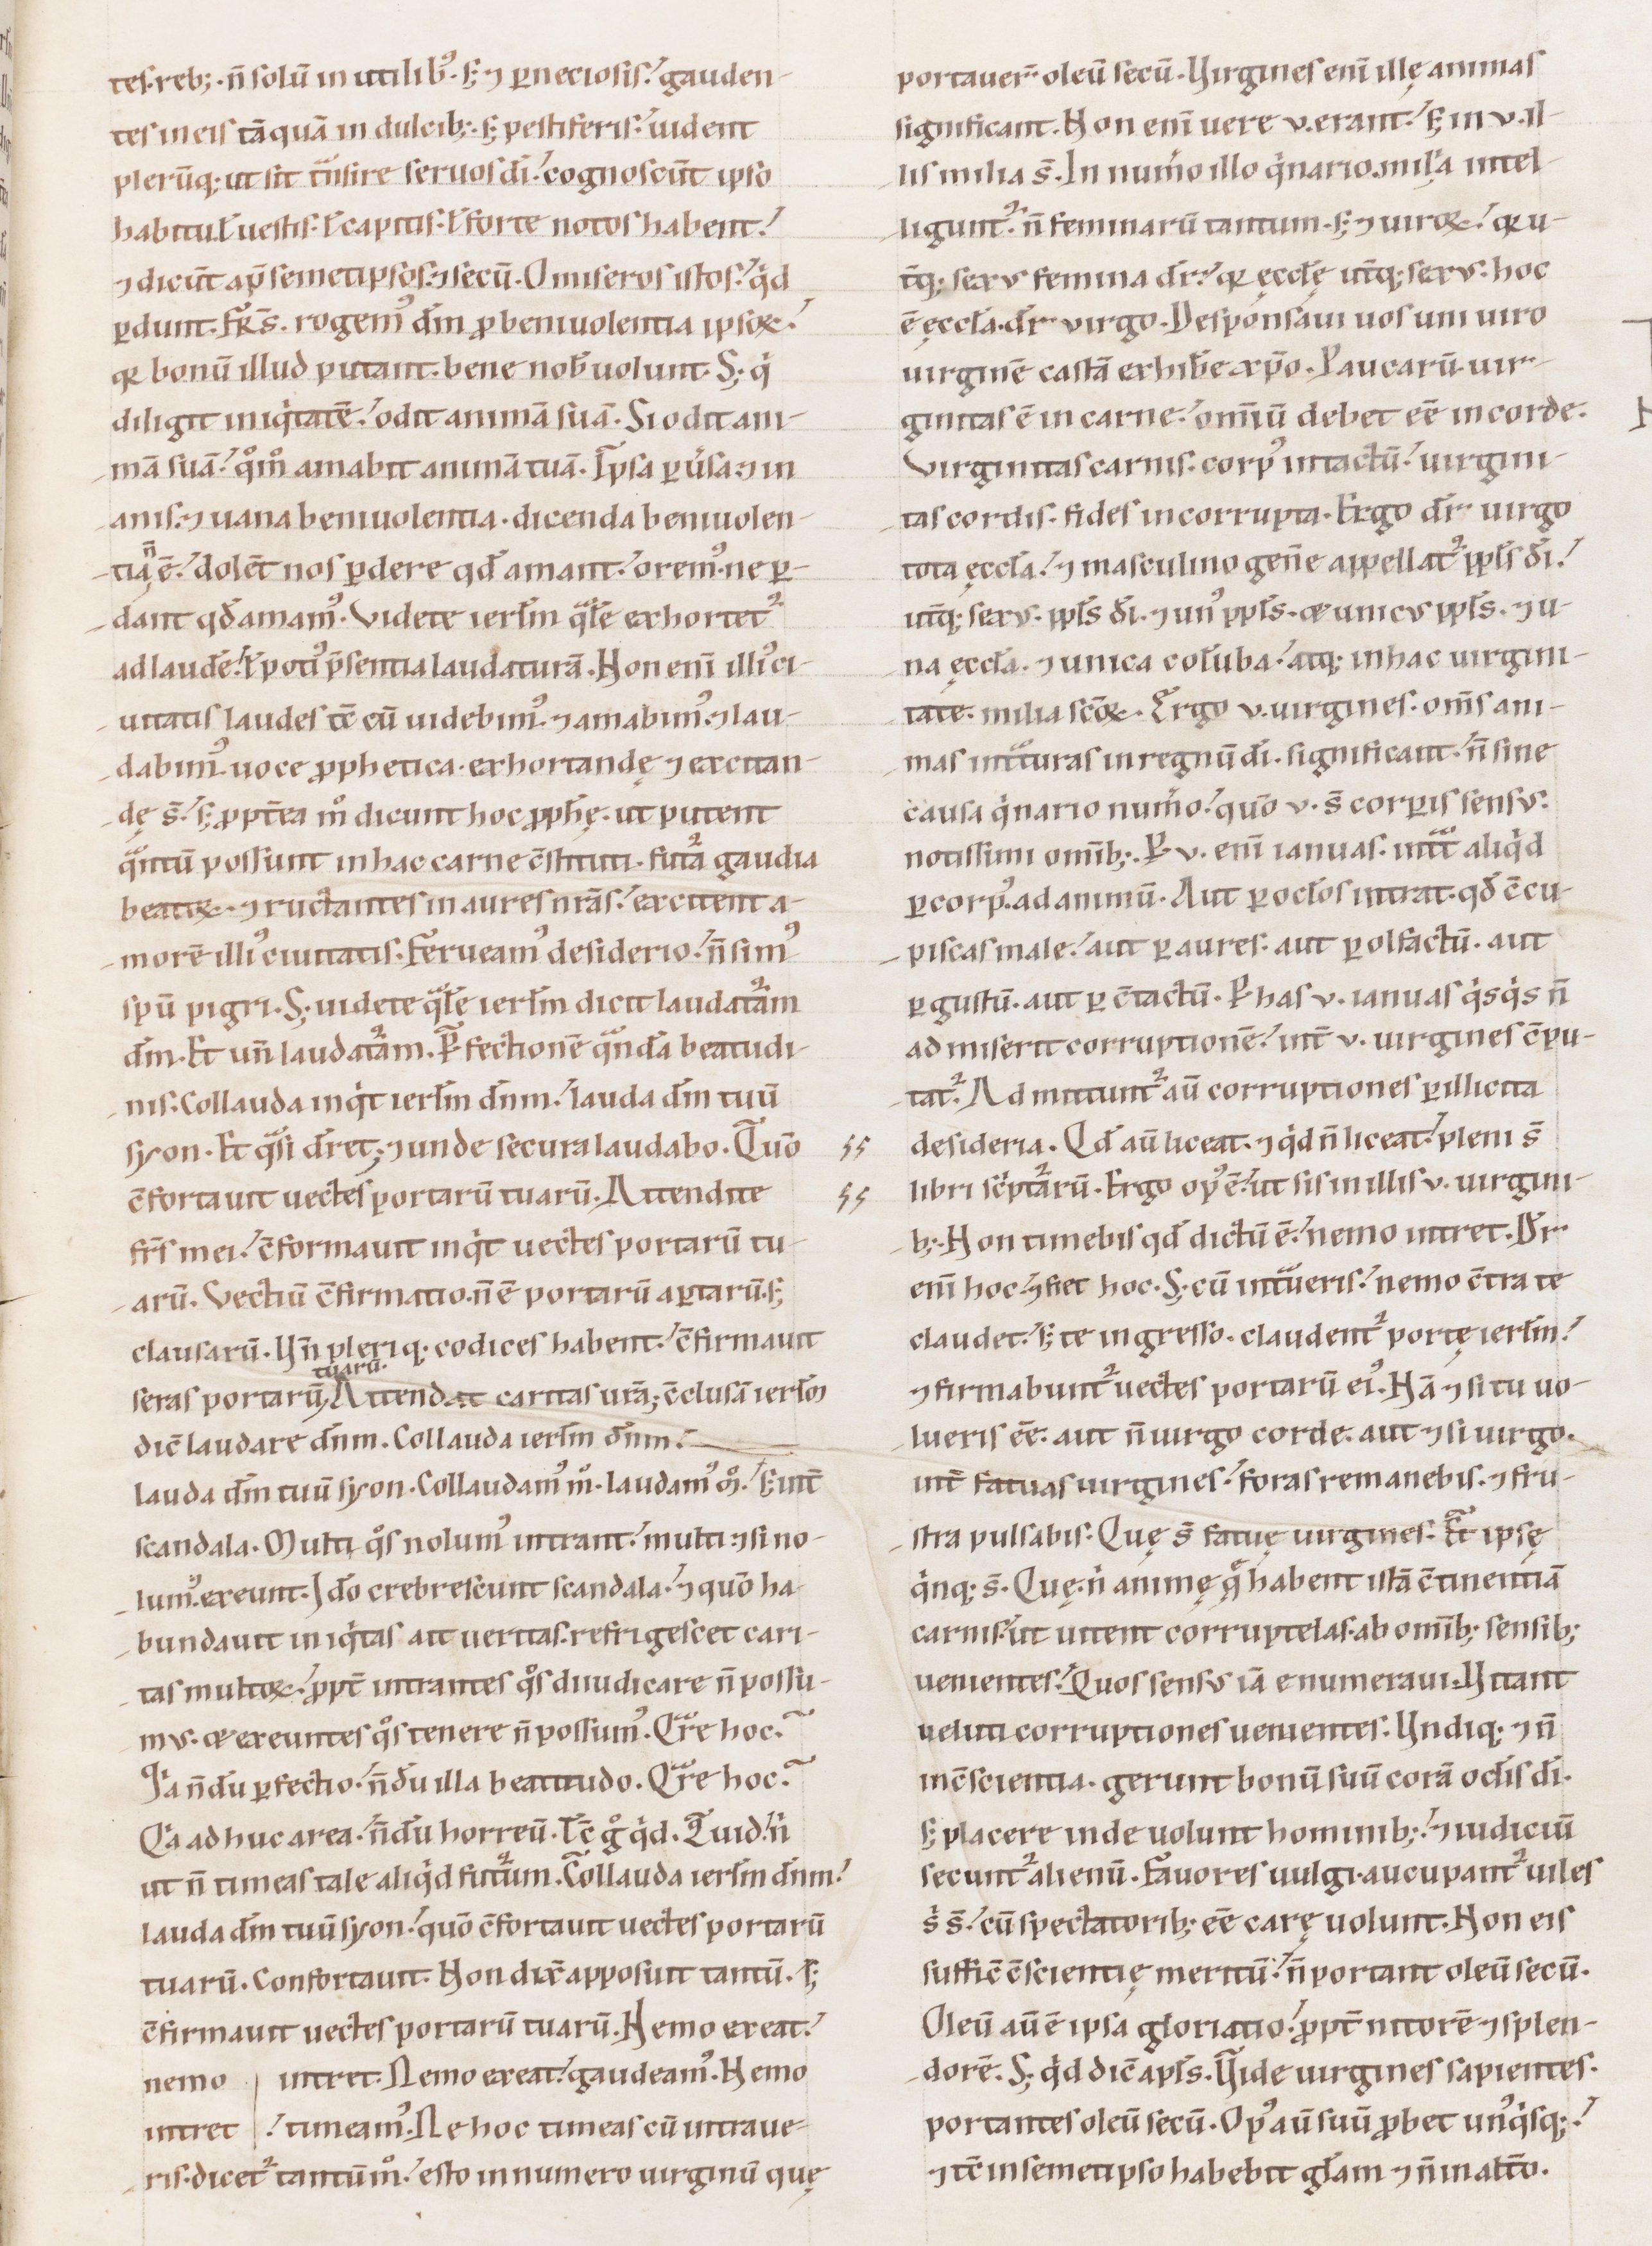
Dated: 1100–1199